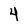
Character: 4